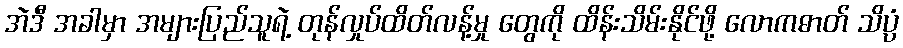
အဲဒီ အခါမှာ အများပြည်သူရဲ့ တုန်လှုပ်ထိတ်လန့်မှု တွေကို ထိန်းသိမ်းနိုင်ဖို့ လောကဓာတ် သိပ္ပံ